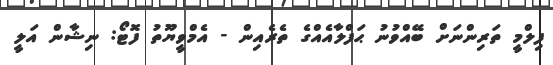
ފިލްމީ ތަރިންނަށް ބޭއްވުނު ޙަފްލާއެއްގެ ތެރެއިން - އެމްވީޔޫތު ފޮޓޯ: ނިޝާން އަލީ